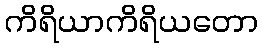
ကိရိယာကိရိယတော